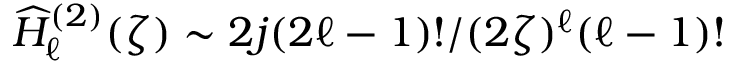
\widehat { H } _ { \ell } ^ { ( 2 ) } ( \zeta ) \sim 2 j ( 2 \ell - 1 ) ! / ( 2 \zeta ) ^ { \ell } ( \ell - 1 ) !